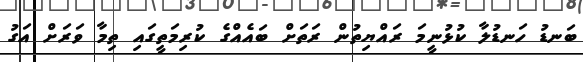
ބަނޑު ހަނޑުލާ ކުޅުނީމަ ރައްޔިތުން ރަތަށް ބައެއްގެ ކުރިމަތީގައި ތިމާ ވަރަށް އަގު